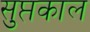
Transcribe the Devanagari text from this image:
सुप्तकाल